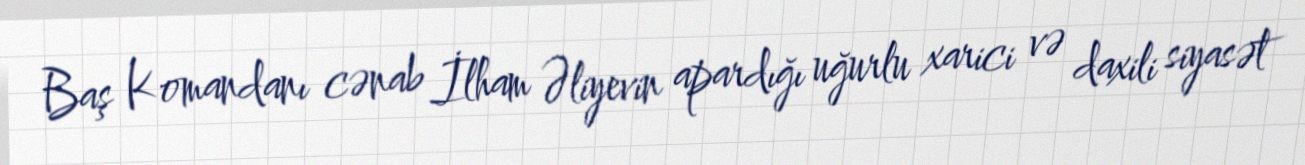
Baş Komandanı cənab İlham Əliyevin apardığı uğurlu xarici və daxili siyasət